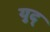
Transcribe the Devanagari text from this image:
युद्